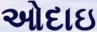
ઓદાઇ